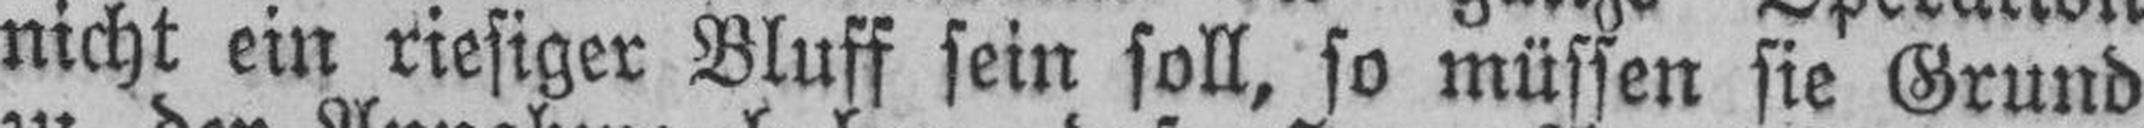
nicht ein riesiger Bluff sein soll, so müssen sie Grund